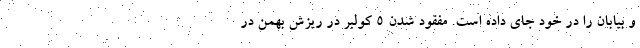
و بیابان را در خود جای داده است. مفقود شدن 5 كولبر در ریزش بهمن در